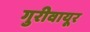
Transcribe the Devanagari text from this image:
गुरीवायूर